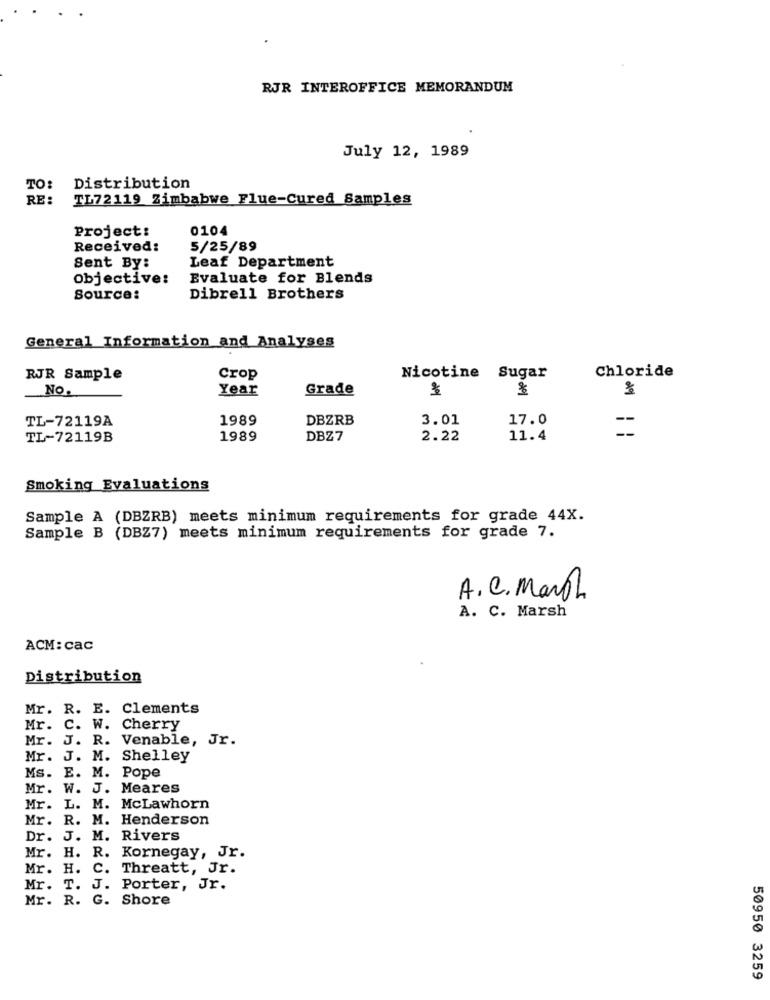
RJR INTEROFFICE MEMORANDUM
July 12, 1989
TO:
Distribution
RE:
TL72119 Zimbabwe Flue-Cured Samples
Project:
0104
Received:
5/25/89
Leaf Department
Sent By:
Objective:
Evaluate for Blends
Source:
Dibrell Brothers
General Information and Analyses
Chloride
RJR Sample
Crop
Nicotine Sugar
No.
Year
Grade
TL-72119A
1989
DBZRB
3.01
17.0
=
TL-72119B
1989
DBZ7
2.22
11.4
Smoking Evaluations
Sample A (DBZRB) meets minimum requirements for grade 44X.
Sample B (DBZ7) meets minimum requirements for grade 7.
A. C. March
A. C. Marsh
ACM: cac
Distribution
Mr. R. E. Clements
Mr. C. W. Cherry
Mr. J. R. Venable, Jr.
Mr. J. M. Shelley
Ms. E. M. Pope
Mr. W. J. Meares
Mr. L. M. McLawhorn
Mr. R. M. Henderson
Dr. J. M. Rivers
Mr. H. R. Kornegay, Jr.
Mr. H
C. Threatt, Jr.
Mr.
T. J. Porter, Jr.
Mr. R. G. Shore
50950 3259